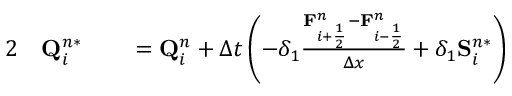
\begin{array} { r l r l } { { 2 } } & { { } \mathbf { Q } _ { i } ^ { n * } } & { } & { { } = \mathbf { Q } _ { i } ^ { n } + \Delta t \left( - \delta _ { 1 } \frac { \mathbf { F } _ { i + \frac { 1 } { 2 } } ^ { n } - \mathbf { F } _ { i - \frac { 1 } { 2 } } ^ { n } } { \Delta x } + \delta _ { 1 } \mathbf { S } _ { i } ^ { n * } \right) } \end{array}